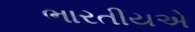
ભારતીયએ